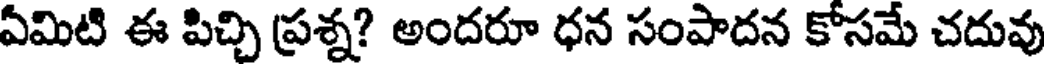
ఏమిటి ఈ పిచ్చి ప్రశ్న? అందరూ ధన సంపాదన కోసమే చదువు